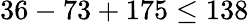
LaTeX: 36-73+175\leq 138